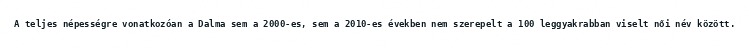
A teljes népességre vonatkozóan a Dalma sem a 2000-es, sem a 2010-es években nem szerepelt a 100 leggyakrabban viselt női név között.